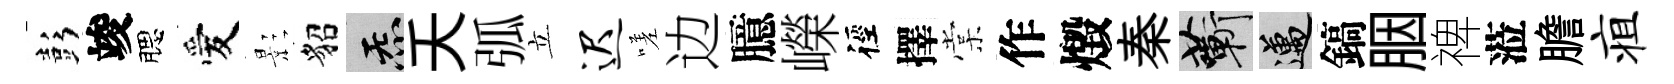
彭竣腮愛影貂炁夭弧立迟嗟边臆嶸徑擇棠作燬秦蔪邁鎬胭禆蒞膽疽